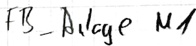
Text: fb_Anlage M1